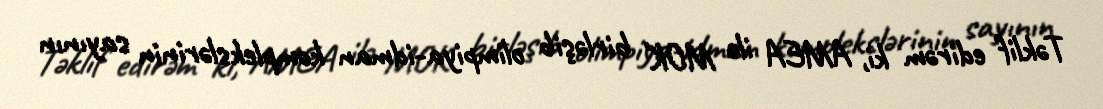
Təklif edirəm ki, AMEA ilə MOK birləşib olimpiya-idman komplekslərinin sayının